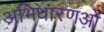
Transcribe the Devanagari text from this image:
अभिधारणओं